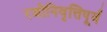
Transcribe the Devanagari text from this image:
रजोनिवृत्तिपूर्व